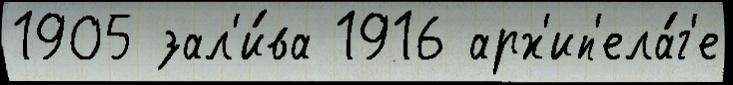
1905 зал'и́ва 1916 арх'ип'ела́г'е